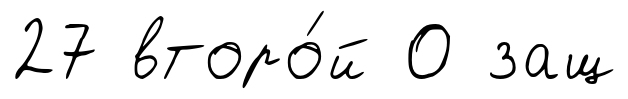
27 второ́й 0 защ